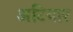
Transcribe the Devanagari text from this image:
अटियार